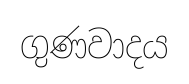
ගුණවාදය